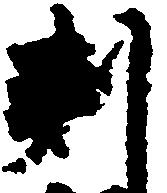
判